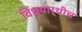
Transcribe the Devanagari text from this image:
विध्यार्थीच